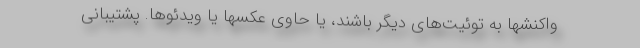
واکنشها به توئیت‌های دیگر باشند، یا حاوی عکسها یا ویدئوها. پشتیبانی